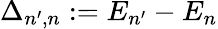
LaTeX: \Delta_{n^{\prime},n}:=E_{n^{\prime}}-E_{n}